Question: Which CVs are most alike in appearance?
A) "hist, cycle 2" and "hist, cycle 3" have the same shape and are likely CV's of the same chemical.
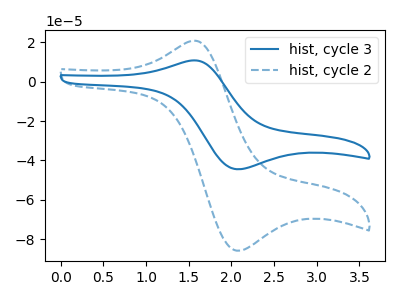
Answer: <think>The blue curve "hist, cycle 3" has an anodic peak at (1.55V, 10.65uA) and a cathodic peak at (2.05V, -44.45uA). The blue dashed curve "hist, cycle 2" has an anodic peak at (1.55V, 20.55uA) and a cathodic peak at (2.05V, -85.70uA).
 All the peaks in "hist, cycle 3" have a peak in "hist, cycle 2" at the same potential. Every peak in "hist, cycle 3" is lower than every peak in "hist, cycle 2".</think>
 <answer>A) "hist, cycle 2" and "hist, cycle 3" have the same shape and are likely CV's of the same chemical.</answer>
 <eval>A</eval>